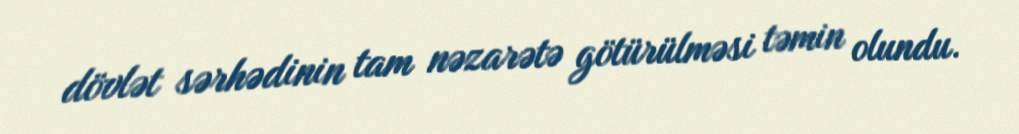
dövlət sərhədinin tam nəzarətə götürülməsi təmin olundu.